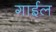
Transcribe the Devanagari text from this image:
गाईल